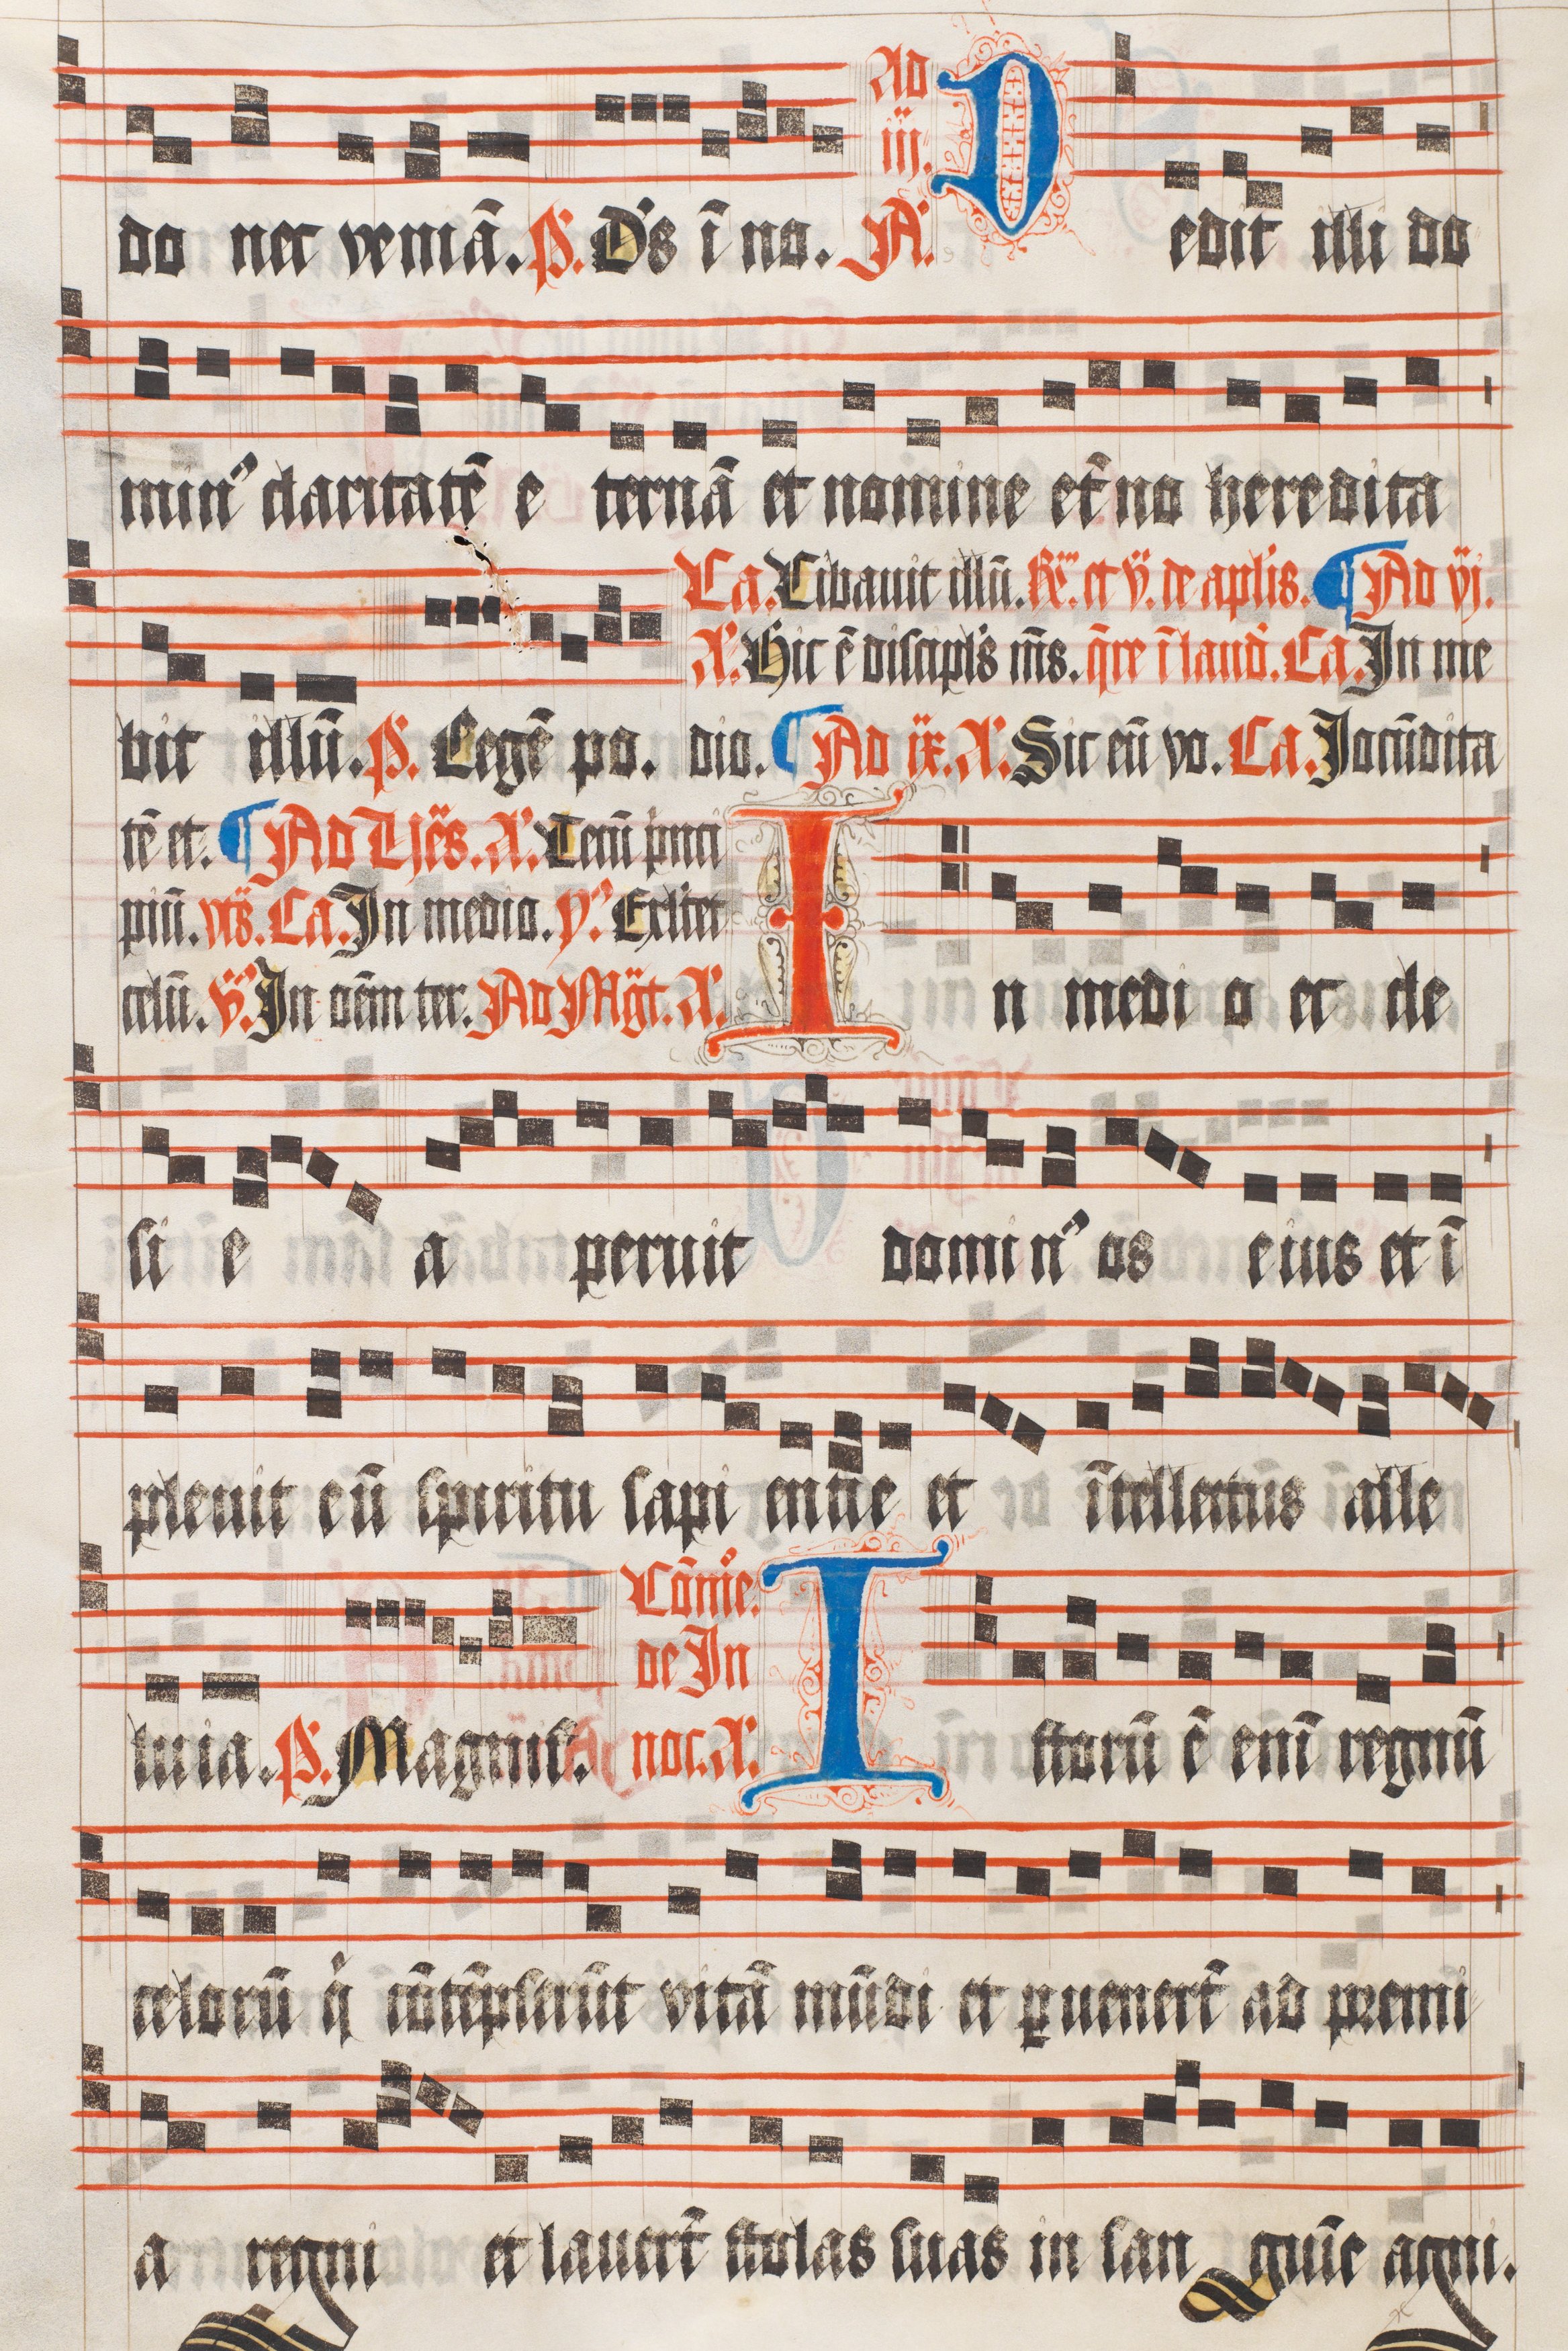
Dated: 1511–1517